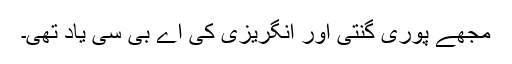
مجھے پوری گنتی اور انگریزی کی اے بی سی یاد تھی۔